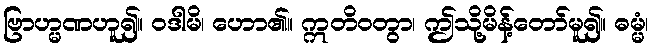
ဗြာဟ္မဏဟူ၍။ ဝဒါမိ၊ ဟော၏။ ဣတိဝတွာ၊ ဤသို့မိန့်တော်မူ၍။ ဓမ္မံ၊